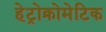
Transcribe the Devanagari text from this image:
हेट्रोक्रोमेटिक